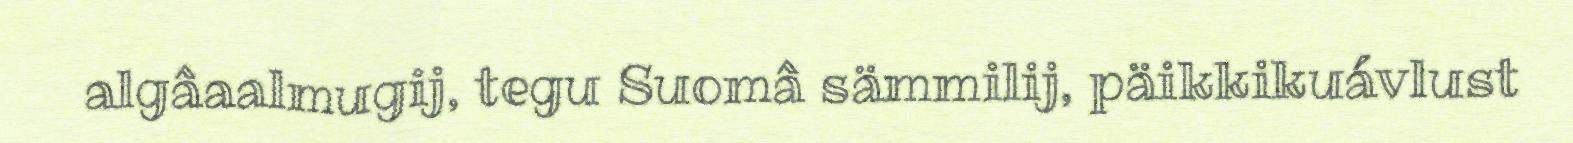
algâaalmugij, tegu Suomâ sämmilij, päikkikuávlust